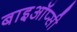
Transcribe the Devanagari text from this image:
बाइऑप्सी